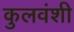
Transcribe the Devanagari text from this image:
कुलवंशी